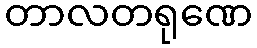
တာလတရုဏေ